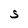
Character: S